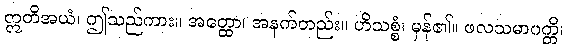
ဣတိအယံ၊ ဤသည်ကား။ အတ္ထော၊ အနက်တည်း။ ဟိသစ္စံ၊ မှန်၏။ ဖလသမာပတ္တိ၊